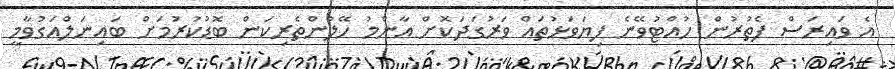
އެ ވައިރަސް ފެތުރުން ހުއްޓުވޭނެ ފިޔަވަޅުތައް ވަރުގަދަކޮށް އާންމު ހޭލުންތެރިކަން ބޮޑުކުރުމަށް ބައިނަލްއަގުވާމީ